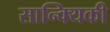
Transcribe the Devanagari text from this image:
सान्क्यिकी